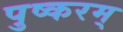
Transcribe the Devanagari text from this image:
पुष्करम्‌